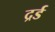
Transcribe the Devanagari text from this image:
द्रर्ड